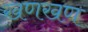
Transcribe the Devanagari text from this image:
खणखण